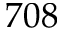
7 0 8